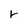
Character: v